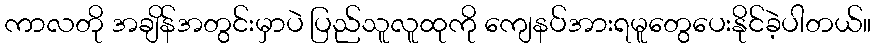
ကာလတို အချိန်အတွင်းမှာပဲ ပြည်သူလူထုကို ကျေနပ်အားရမူတွေပေးနိုင်ခဲ့ပါတယ်။